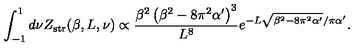
\int _ { - 1 } ^ { 1 } { d \nu } Z _ { \mathrm { s t r } } ( \beta , L , \nu ) \propto \frac { \beta ^ { 2 } \left( \beta ^ { 2 } - 8 \pi ^ { 2 } \alpha ^ { \prime } \right) ^ { 3 } } { L ^ { 8 } } e ^ { - L \sqrt { \beta ^ { 2 } - 8 \pi ^ { 2 } \alpha ^ { \prime } } / \pi \alpha ^ { \prime } } .